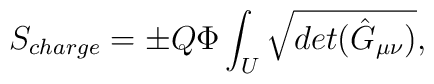
S_{charge}={\pm} Q{\Phi} \int_{U} \sqrt{det({\hat G}_{\mu \nu})},